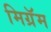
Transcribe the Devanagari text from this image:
मिग्रॅम